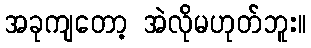
အခုကျတော့ အဲလိုမဟုတ်ဘူး။